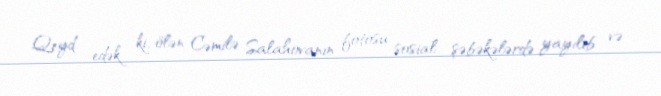
Qeyd edək ki, ölən Cəmilə Salahovanın fotosu sosial şəbəkələrdə yayılıb və